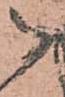
御